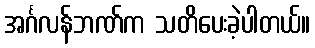
အင်္ဂလန်ဘဏ်က သတိပေးခဲ့ပါတယ်။